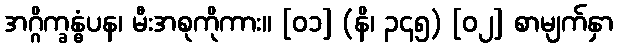
အဂ္ဂိက္ခန္ဓံပန၊ မီးအစုကိုကား။ [၀၁] (နိ၊ ၃၄၅) [၀၂] စာမျက်နှာ